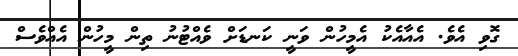
ގޮވި އެވެ. އެއާއެކު އެމީހުން ވަނީ ކަނޑަށް ވެއްޓުނު ތިން މީހުން އެއްވެސް